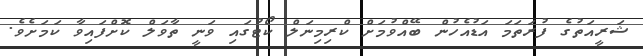
ޝަރީއަތުގެ ފުރަތަމަ އަޑުއެހުން ބޭއްވުމަށް ކްރިމިނަލް ކޯޓުގައި ވަނީ ތާވަލް ކޮށްފައިވާ ކަމަށެވެ.